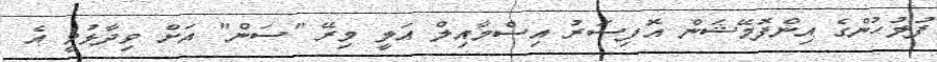
ފުލުހުންގެ އިންފޮމޭޝަން އޮފިސަރު އިސްމާއިލް އަލީ މިރޭ "ސަން" އަށް ވިދާޅުވީ އެ